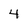
Character: 4